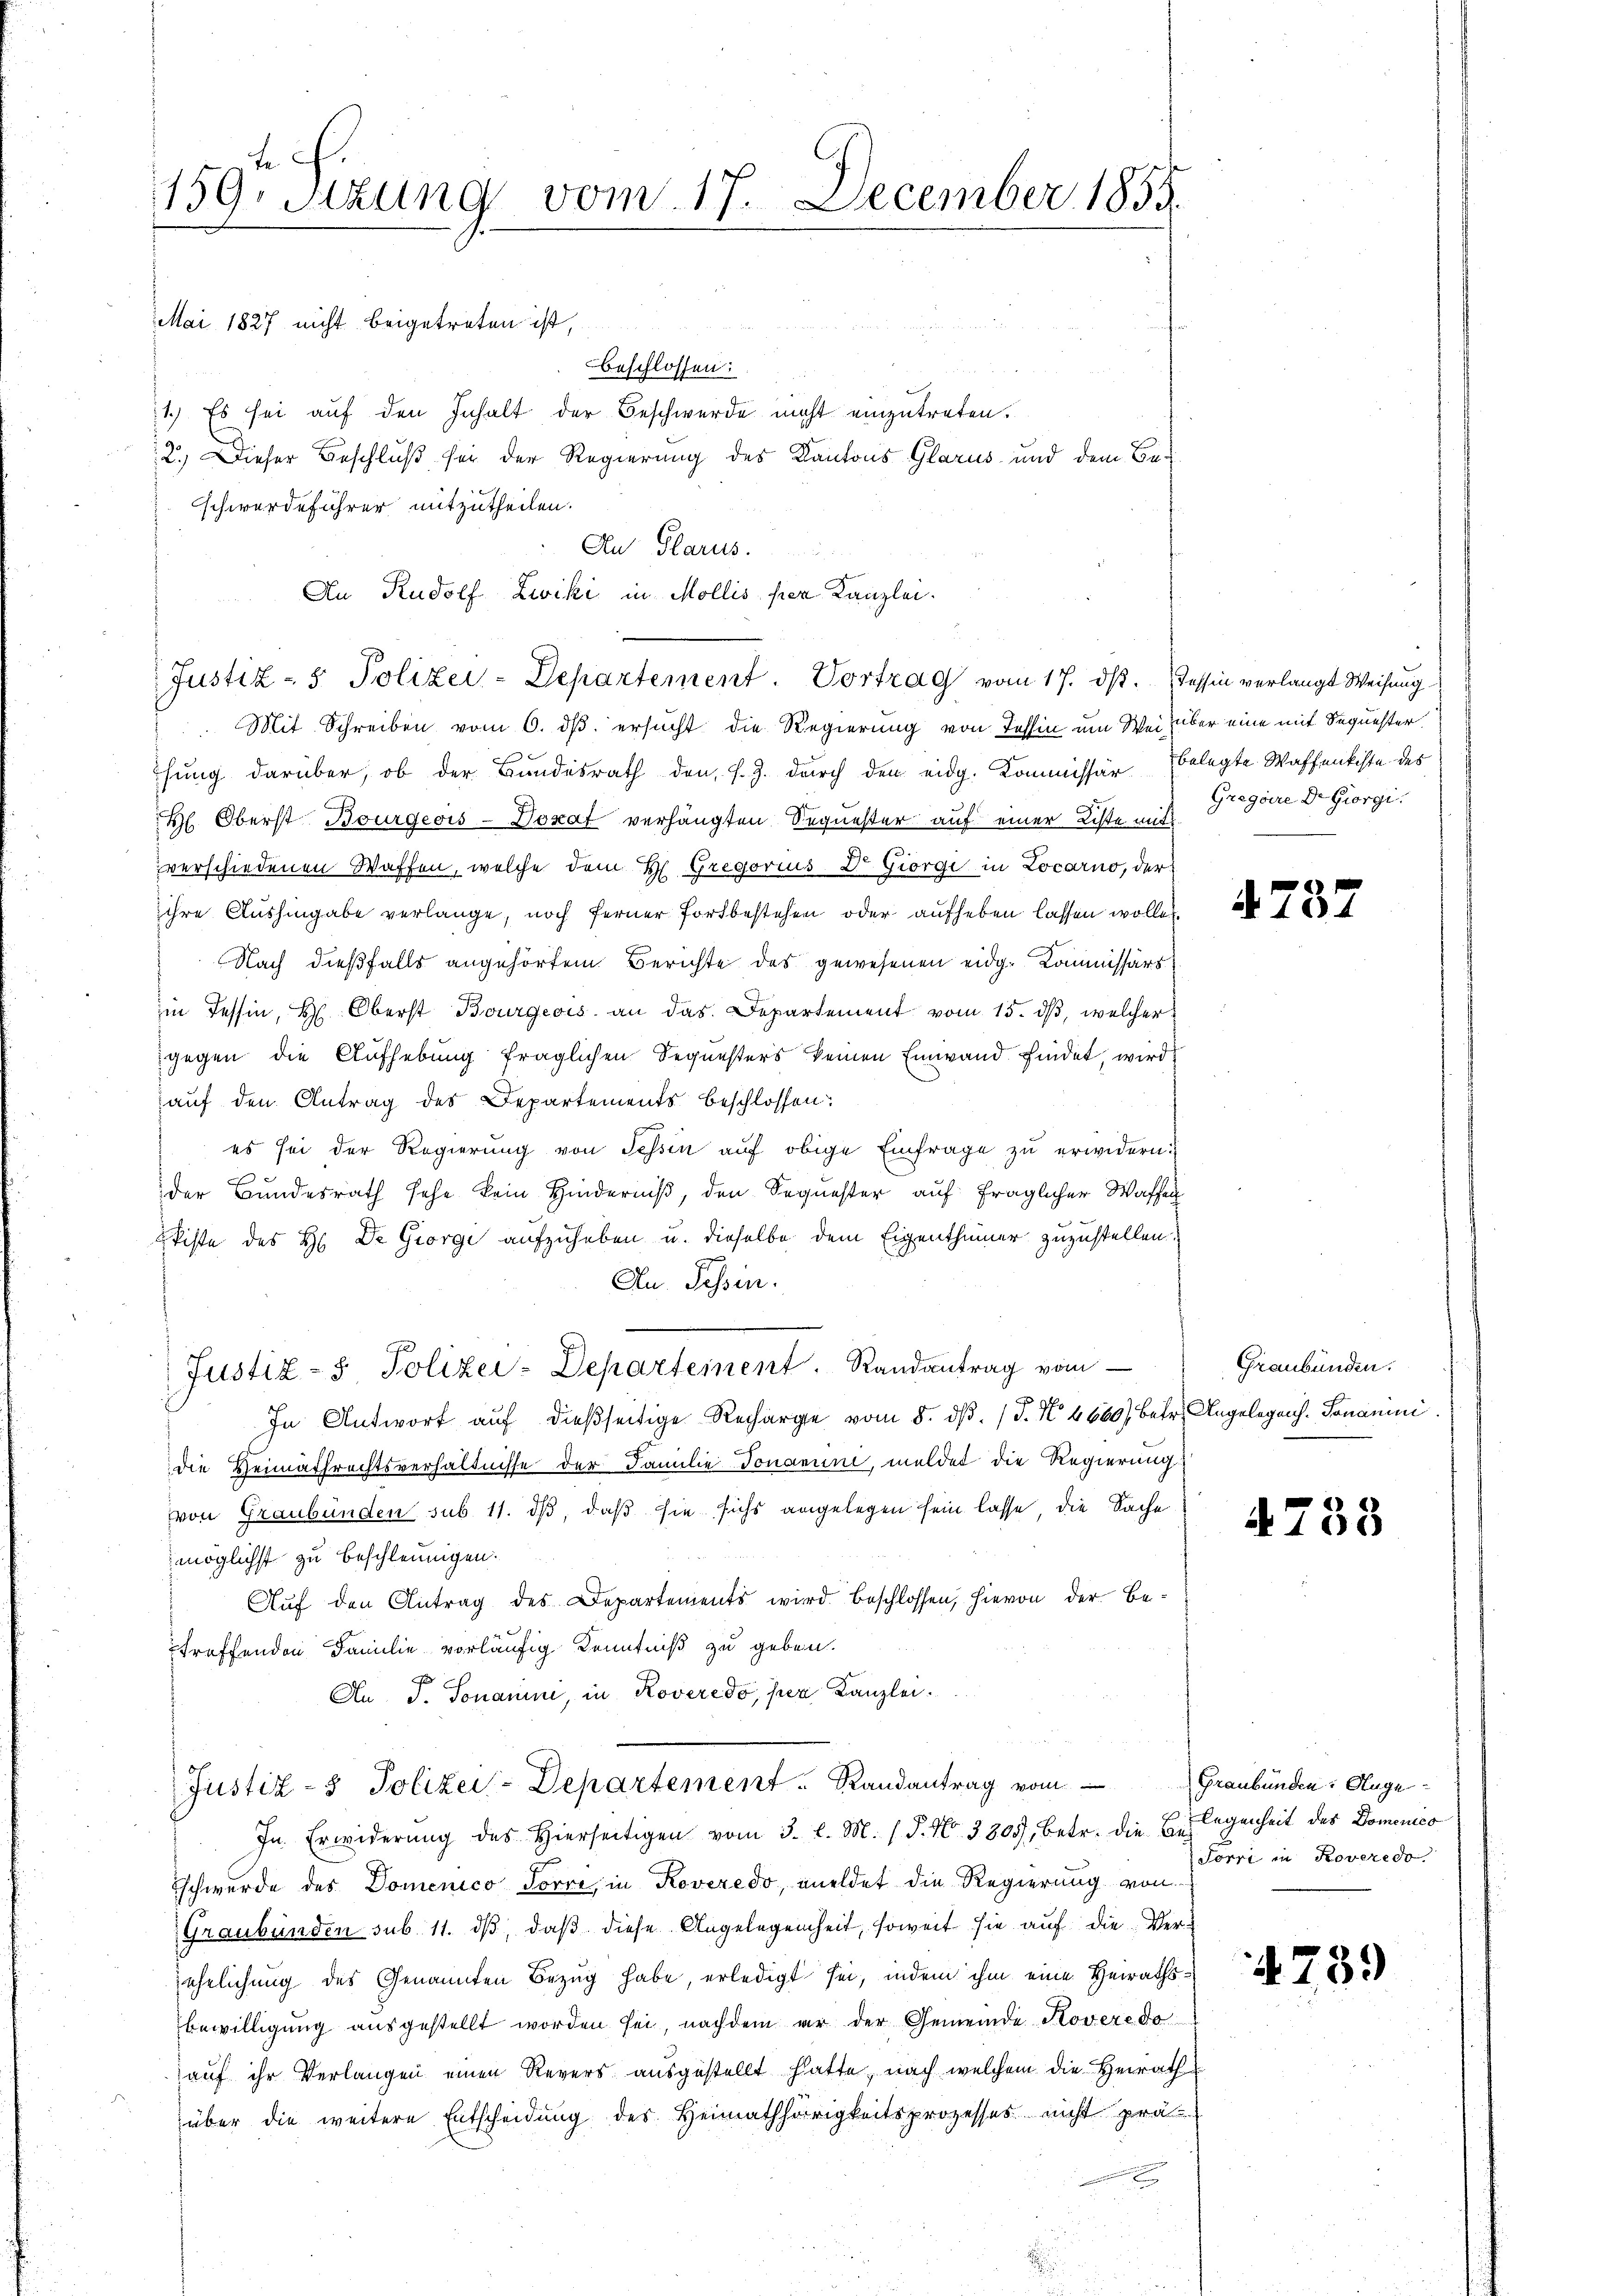
159. Sitzung vom 17. December 1855.

Mai 1827 nicht beigetreten ist,

me
Beschlossen:
1.) Es sei auf den Inhalt der Beschwerde nicht einzutreten.
2.) Dieser Beschluß sei der Regierung des Kantons Glarus und dem Bauschwerdeführer mitzutheilen.
 Mit Schreiben vom 6. ds. ersucht die Regierung von Tessin um Weis über eine mit Sequester.
hung darüber, ob der Bundesrath den, s. Z. durch den eidg. Kommissär belegte Waffenkiste des
H. Oberst Bourgeois-Doxat verhängten Sequester auf einer Liste mit
verschiedenen Waffen, welche dem H. Gregorius Dr. Giorgi in Locarno, der
ihre Aushingabe verlange, noch ferner Fortbestehen oder aufheben lassen wollen.
Nach dießfalls angehörtem Berichte des gewesenen eidg. Kommissärs
in Tessin, Hr. Oberst Bourgeois an das Departement vom 15. ds, welcher
gegen die Aufhebung fraglichen Sequesters keinen Einwand findet, wird
auf den Antrag des Departements beschlossen:
es sei der Regierung von Tessin auf obige Einfrage zu erwidern.
der Bundesrath sehe kein Hinderniß, den Sequester auf fraglicher Waffen
kiste des H. De George aufzuheben u. dieselbe dem Eigenthümer zuzustellen.
Au. Tessin.
Justiz- & Polizei-Departement. Randantrag vom
In Antwort auf dießseitige Recharge vom 5. dβ. P. Nr. 4660) Betr. Angelegens. Tomanini.
die Heimathrechtsverhältnisse der Familie Jonanun, meldet die Regierung
von Graubünden sub 11. dß, daß sie sichs angelegen sein lasse, die Sache
möglichst zu beschleunigen.
Auf den Antrag des Departements wird beschlossen, hievon der Betreffenden Familie vorläufig Kenntniß zu geben.
An P. Sonamine, in Roveredo, per Kanzlei.
Justiz- & Polizei-Departement. Randantrag vom Graubünden. Auge¬
In Erwiderŭng des hierseitigen vom 3. l. M. (T. N. 3805, betr. die Erlegenheit des Domenico
schwerde des Domenico Forre, in Koveredo, meldet die Regierung von
Graubünden sub 11. ds, daß diese Angelegenheit, soweit sie auf die Verjehrlichung des Genannten Bezug habe, erledigt sei, indem ihm eine Heiraths¬
Bewilligung ausgestellt worden sei, nachdem er der Gemeinde Koveredo
auf ihr Verlangen einen Revers ausgestellt hatte, nach welchem die Heirath
über die weitere Entscheidung des Heimathörigkeitsprozesses nicht prä
e

Au Glarus.
An Rudolf Zwiki in Mollis per Kanzlei.
Justiz- & Polizei-Departement. Vortrag vom 17. ds. Tessin verlangt Weisung

Gregaire Dr. Giorgi

4782

Graubünden.

4755

Jorn in Roveredo

4739